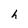
Character: h